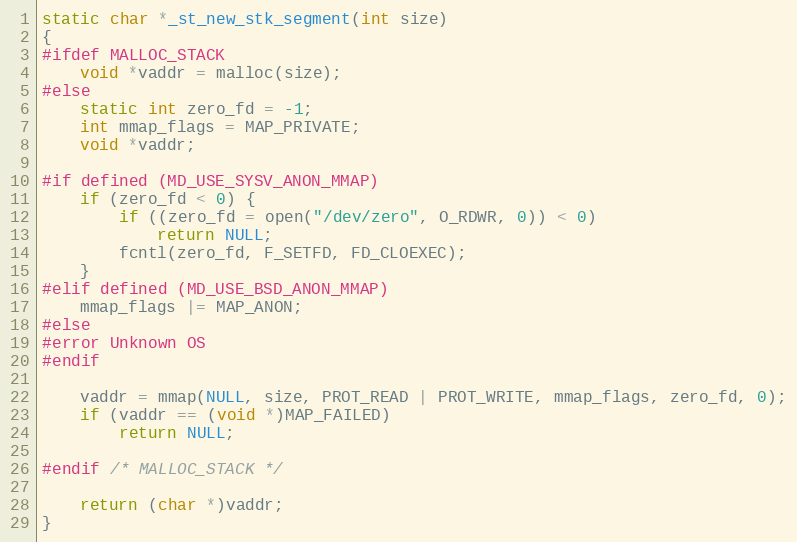
Language: C
static char *_st_new_stk_segment(int size)
{
#ifdef MALLOC_STACK
    void *vaddr = malloc(size);
#else
    static int zero_fd = -1;
    int mmap_flags = MAP_PRIVATE;
    void *vaddr;

#if defined (MD_USE_SYSV_ANON_MMAP)
    if (zero_fd < 0) {
        if ((zero_fd = open("/dev/zero", O_RDWR, 0)) < 0)
            return NULL;
        fcntl(zero_fd, F_SETFD, FD_CLOEXEC);
    }
#elif defined (MD_USE_BSD_ANON_MMAP)
    mmap_flags |= MAP_ANON;
#else
#error Unknown OS
#endif

    vaddr = mmap(NULL, size, PROT_READ | PROT_WRITE, mmap_flags, zero_fd, 0);
    if (vaddr == (void *)MAP_FAILED)
        return NULL;

#endif /* MALLOC_STACK */

    return (char *)vaddr;
}